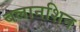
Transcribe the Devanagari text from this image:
बलानशिन